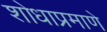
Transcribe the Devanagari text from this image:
शोधाप्रमाणे